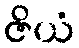
ဇိယံ